Senior Leaving Certificate Examination (including Day School Certificate (Higher) General paper), 1950
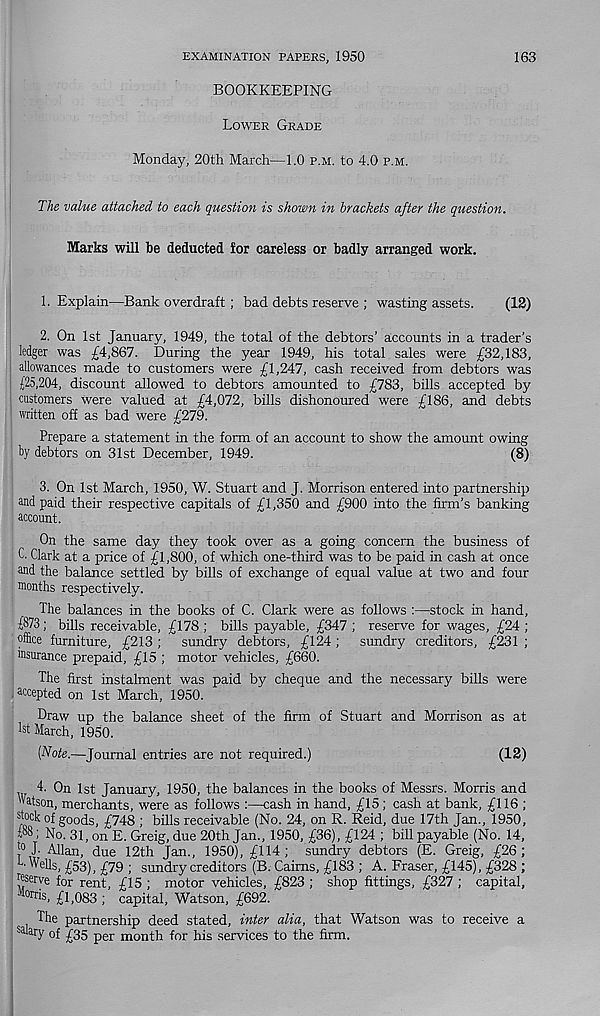
EXAMINATION PAPERS, 1950
163
BOOKKEEPING
Lower Grade
Monday, 20th March—1.0 p.m. to 4.0 p.m.
The value attached to each question is shown in brackets after the question.
Marks will be deducted for careless or badly arranged work.
1. Explain—Bank overdraft; bad debts reserve ; wasting assets.
(12)
2. On 1st January, 1949, the total of the debtors’ accounts in a trader’s
ledger was £4,867. During the year 1949, his total sales were £32,183,
allowances made to customers were £1,247, cash received from debtors was
{25,204, discount allowed to debtors amounted to £783, bills accepted by
customers were valued at £4,072, bills dishonoured were £186, and debts
written off as bad were £279.
Prepare a statement in the form of an account to show the amount owing
by debtors on 31st December, 1949.
(8)
3. On 1st March, 1950, W. Stuart and J. Morrison entered into partnership
and paid their respective capitals of £1,350 and £900 into the firm’s banking
account.
On the same day they took over as a going concern the business of
C. Clark at a price of £1,800, of which one-third was to be paid in cash at once
and the balance settled by bills of exchange of equal value at two and four
months respectively.
The balances in the books of C. Clark were as follows :—stock in hand,
{873; bills receivable, £178 ; bills payable, £347 ; reserve for wages, £24 ;
office furniture, £213 ; sundry debtors, £124 ; sundry creditors, £231 ;
insurance prepaid, £15 ; motor vehicles, £660.
The first instalment was paid by cheque and the necessary bills were
.accepted on 1st March, 1950.
Draw up the balance sheet of the firm of Stuart and Morrison as at
1st March, 1950.
[Note.—Journal entries are not required.)
(12)
4. On 1st January, 1950, the balances in the books of Messrs. Morris and
Watson, merchants, were as follows :—cash in hand, £15; cash at bank, £116 ;
stock of goods, £748 ; bills receivable (No. 24, on R. Reid, due 17th Jan., 1950,
{88; No. 31, on E. Greig, due 20th Jan., 1950, £36), £124 ; bill payable (No. 14,
j° X Allan, due 12th Jan., 1950), £114; sundry debtors (E. Greig, £26;
L 'Wells, £53), £79 ; sundry creditors (B. Cairns, £183 ; A. Fraser, £145), £328 ;
reserve for rent, £15 ; motor vehicles, £823 ; shop fittings, £327 ; capital,
• orris, £1,083 ; capital, Watson, £692.
The partnership deed stated, inter alia, that Watson was to receive a
sa ar y of £35 per month for his services to the firm.